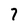
Character: 7